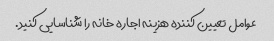
عوامل تعیین کننده هزینه اجاره خانه را شناسایی کنید.